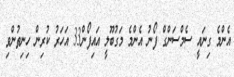
އެންމެ ގިނައީ ސެމްސަންގް ފޯނު އެންމެ މަގުބޫލީ އައިފޯން33 އަހަރު ކުރިން ހިނިތުންވި